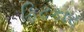
ફિટકાર